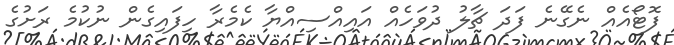
ފޮޓޯއެއް ނެގޭނެ ފަދަ ޗާލު ދުވަހެއް އައިއްސިއްޔާ ކެމެރާ ހިފައިގެން ނުކުމެ ރަށުގެ